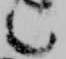
言